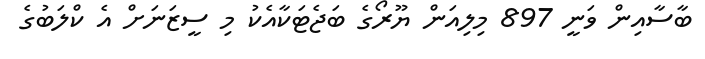
ބާސާއިން ވަނީ 897 މިލިއަން ޔޫރޯގެ ބަޖެޓަކާއެކު މި ސީޒަނަށް އެ ކްލަބުގެ